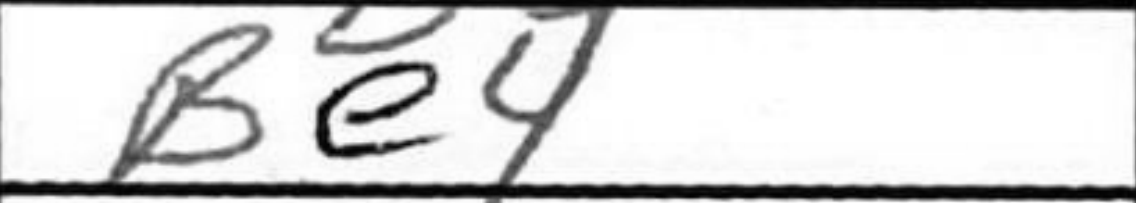
Transcription: Be4